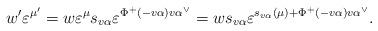
LaTeX: \begin{align*}w' \varepsilon^{\mu'} = w\varepsilon^\mu s_{v\alpha} \varepsilon^{\Phi^+(-v\alpha)v\alpha^\vee}=ws_{v\alpha}\varepsilon^{s_{v\alpha}(\mu) + \Phi^+(-v\alpha)v\alpha^\vee}.\end{align*}